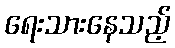
ရေးသားနေသည့်